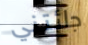
جائتني